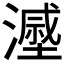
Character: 𣿷